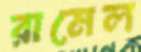
রামেল